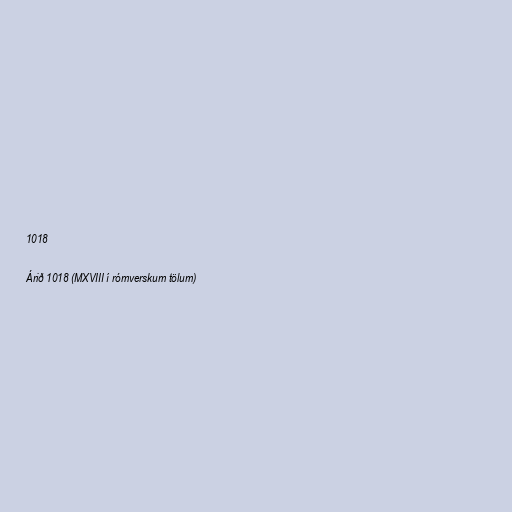
1018

Árið 1018 (MXVIII í rómverskum tölum)